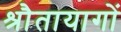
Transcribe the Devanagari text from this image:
श्रौतायागों